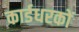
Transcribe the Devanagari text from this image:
कार्डधरकों